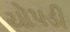
ચોપડી